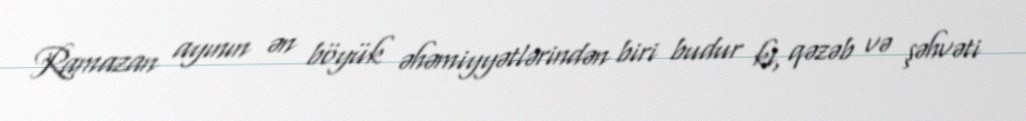
Ramazan ayının ən böyük əhəmiyyətlərindən biri budur ki, qəzəb və şəhvəti